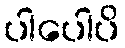
ပါပေါပိ